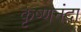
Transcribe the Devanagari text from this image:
कृष्णनंदा